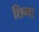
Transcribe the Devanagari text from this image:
छिमा